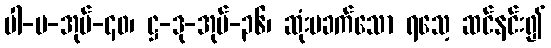
ပါ-ပ-အုပ်-၄၀၊ ဋ္ဌ-ဒု-အုပ်-၃၆၊ ဆုံးမခက်သော ရသေ့ ဆင်နင်း၍